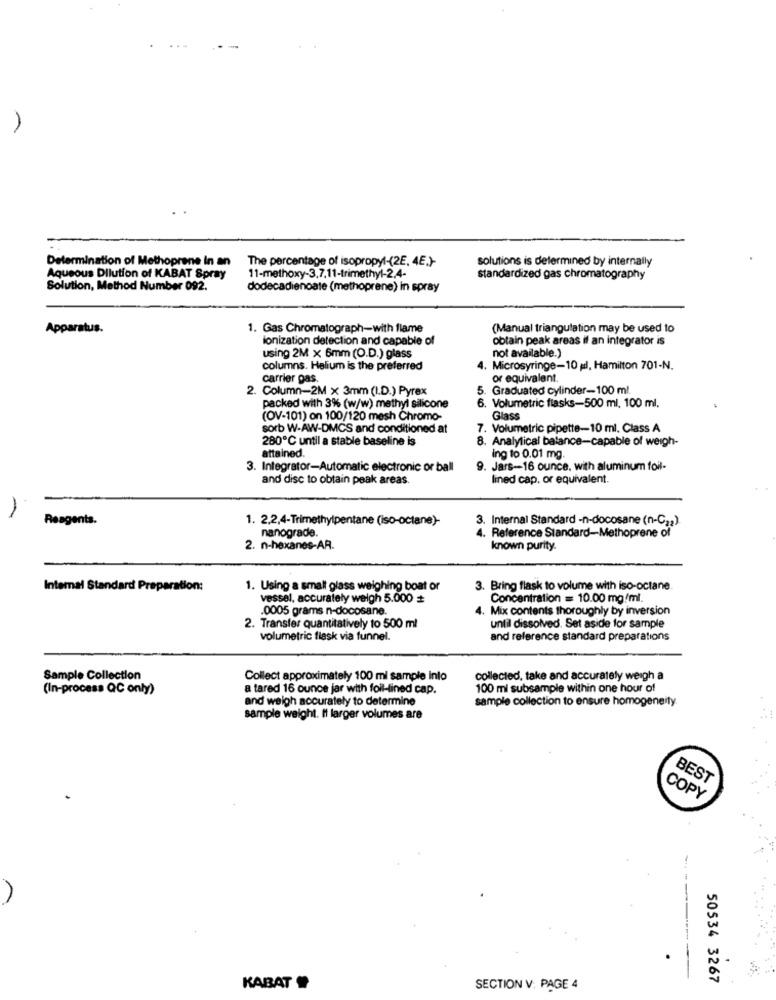
A
Determination of Methoprene In an
The percentage of isopropyl-(2E, 4E.)-
solutions is determined by internally
Aqueous Dilution of KABAT Spray
11-methoxy-3,7,11-trimethyl-2,4-
standardized gas chromatography
Solution, Method Number 092.
dodecadienoate (methoprene) in spray
Apparatus.
1. Gas Chromatograph-with flame
(Manual triangulation may be used to
ionization detection and capable of
obtain peak areas if an integrator is
not available.)
using 2M x 6mm (O.D.) glass
columns. Helium is the preferred
Microsyringe-10 gl, Hamilton 701-N.
carrier gas.
or equivalent.
2. Column-2M x 3mm (I.D.) Pyrex
5. Graduated cylinder-100 ml.
packed with 3% (w/w) methyl silicone
6. Volumetric flasks-500 ml, 100 ml.
(OV-101) on 100/120 mesh Chromo-
Glass
sorb W-AW-DMCS and conditioned at
7. Volumetric pipette-10 ml. Class A
280℃ until a stable baseline is
8. Analytical balance-capable of weigh-
attained.
ing to 0.01 mg.
3. Integrator-Automatic electronic or ball
. Jars-16 ounce, with aluminum foil-
and disc to obtain peak areas.
lined cap, or equivalent.
-
Reagents.
1. 2.2,4-Trimethylpentane (iso-octane)-
3. Internal Standard -n-docosane (n-C22)
nanograde.
4. Reference Standard-Methoprene of
2. n-hexanes-AR.
known purity.
Internal Standard Preparation:
1. Using a smalt glass weighing boat or
3. Bring flask to volume with iso-octane
vessel, accurately weigh 5.000
Concentration = 10.00 mg/ml
.0005 grams n-docosane.
4. Mix contents thoroughly by inversion
2. Transfer quantitatively to 500 ml
until dissolved. Set aside for sample
volumetric flask via funnel.
and reference standard preparations
Sample Collection
Collect approximately 100 ml sample into
collected, take and accurately weigh a
(In-process QC only)
a tared 16 ounce jar with foil-lined cap.
100 ml subsample within one hour of
and weigh accurately to determine
sample collection to ensure homogeneity.
sample weight. It larger volumes are
BEST
COPY
---
50534 3267
KABAT
SECTION V: PAGE 4